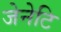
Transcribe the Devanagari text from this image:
जेनेटि